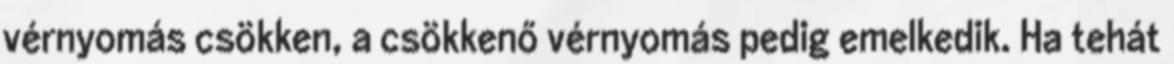
vérnyomás csökken, a csökkenő vérnyomás pedig emelkedik. Ha tehát